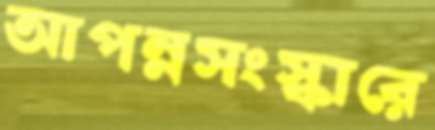
আপন্নসংস্কারে